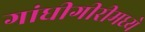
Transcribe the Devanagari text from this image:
गांधीगीरीमध्ये